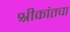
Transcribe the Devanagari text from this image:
श्रीकांतचा